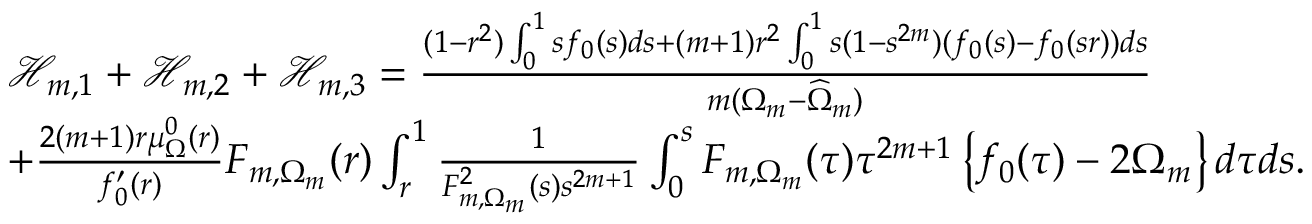
\begin{array} { r l } & { \mathcal { H } _ { m , 1 } + \mathcal { H } _ { m , 2 } + \mathcal { H } _ { m , 3 } = \frac { ( 1 - r ^ { 2 } ) \int _ { 0 } ^ { 1 } s f _ { 0 } ( s ) d s + ( m + 1 ) r ^ { 2 } \int _ { 0 } ^ { 1 } s ( 1 - s ^ { 2 m } ) ( f _ { 0 } ( s ) - f _ { 0 } ( s r ) ) d s } { m ( \Omega _ { m } - \widehat { \Omega } _ { m } ) } } \\ & { + \frac { 2 ( m + 1 ) r \mu _ { \Omega } ^ { 0 } ( r ) } { f _ { 0 } ^ { \prime } ( r ) } F _ { m , \Omega _ { m } } ( r ) \int _ { r } ^ { 1 } \frac { 1 } { F _ { m , \Omega _ { m } } ^ { 2 } ( s ) s ^ { 2 m + 1 } } \int _ { 0 } ^ { s } F _ { m , \Omega _ { m } } ( \tau ) \tau ^ { 2 m + 1 } \left\{ { f _ { 0 } ( \tau ) } - 2 \Omega _ { m } \right\} d \tau d s . } \end{array}